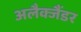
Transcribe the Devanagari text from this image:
अलैक्जैंडर